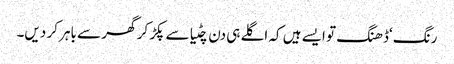
رنگ ‘ڈھنگ تو ایسے ہیں کہ اگلے ہی دن چٹیا سے پکڑ کر گھر سے باہر کر دیں۔